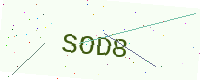
Text: SOD8